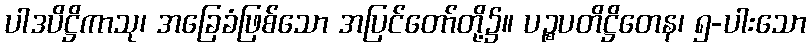
ပါဒပိဋ္ဌိကာသု၊ အခြေခံဖြစ်သော အပြင်တော်တို့၌။ ပဉ္စပတိဋ္ဌိတေန၊ ၅-ပါးသော